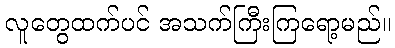
လူတွေထက်ပင် အသက်ကြီးကြရော့မည်။